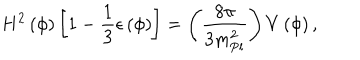
H ^ { 2 } \left( \phi \right) \left[ 1 - { \frac { 1 } { 3 } } \epsilon \left( \phi \right) \right] = \left( { \frac { 8 \pi } { 3 m _ { \mathrm { P l } } ^ { 2 } } } \right) V \left( \phi \right) ,